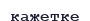
кажетке